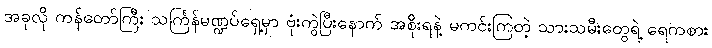
အခုလို ကန်တော်ကြီး သင်္ကြန်မဏ္ဍပ်ရှေ့မှာ ဗုံးကွဲပြီးနောက် အစိုးရနဲ့ မကင်းကြတဲ့ သားသမီးတွေရဲ့ ရေကစား